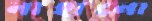
নাহানো